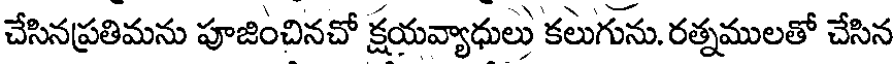
చేసినప్రతిమను పూజించినచో క్షయవ్యాధులు కలుగును. రత్నములతో చేసిన